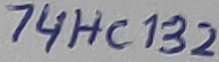
Text: 74HC132